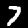
Label: 7